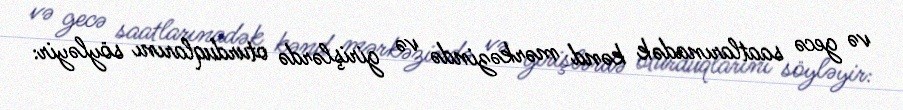
və gecə saatlarınadək kənd mərkəzində və girişlərdə oturduqlarını söyləyir: